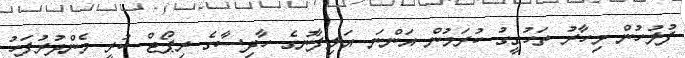
ފުލުހުން މިހާރު ތަހުގީގު ކުރަމުން އަންނަ އަލިފާނުގެ ހާދިސާގެ ރިޕޯޓް ކުރީ މެންދުރުފަހު